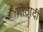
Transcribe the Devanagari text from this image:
गोठादी